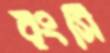
রংসি